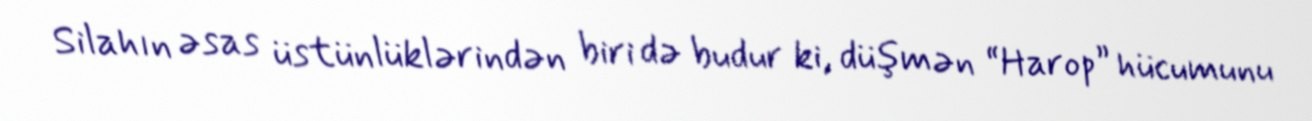
Silahın əsas üstünlüklərindən biri də budur ki, düşmən “Harop” hücumunu